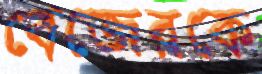
বেজেরকে